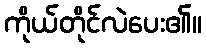
ကိုယ်တိုင်လဲပေး၏။